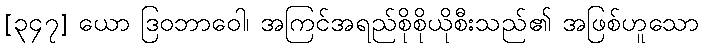
[၃၄၇] ယော ဒြဝဘာဝေါ၊ အကြင်အရည်စိုစိုယိုစီးသည်၏ အဖြစ်ဟူသော